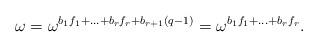
LaTeX: \begin{align*}\omega = \omega^{b_1f_1 + \ldots + b_rf_r + b_{r+1}(q-1)} = \omega^{b_1f_1 + \ldots + b_rf_r}.\end{align*}